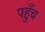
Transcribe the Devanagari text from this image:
पह़ुँच